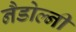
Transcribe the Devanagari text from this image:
नैडोल्नी